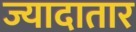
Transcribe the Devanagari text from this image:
ज्यादातार